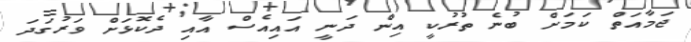
ޖަމާއަތް ކަމަށް ބުނެ ތުރުކީ އިން ދަނީ އައިއެސް އާއި ދެކޮޅަށް ވަރުގަދަ